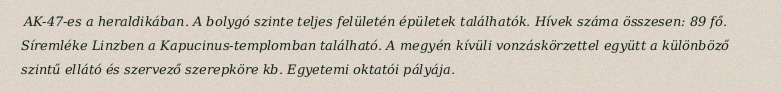
AK-47-es a heraldikában. A bolygó szinte teljes felületén épületek találhatók. Hívek száma összesen: 89 fő. Síremléke Linzben a Kapucinus-templomban található. A megyén kívüli vonzáskörzettel együtt a különböző szintű ellátó és szervező szerepköre kb. Egyetemi oktatói pályája.